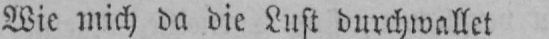
Wie mich da die Lust durchwallet